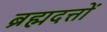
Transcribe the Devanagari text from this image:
ब्रह्मदत्तों